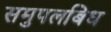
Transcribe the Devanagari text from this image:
समुपलबिध